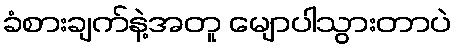
ခံစားချက်နဲ့အတူ မျောပါသွားတာပဲ